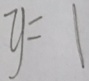
y = 1